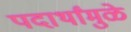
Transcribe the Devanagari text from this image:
पदार्थांमुळे